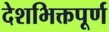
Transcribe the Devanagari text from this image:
देशभिक्तपूर्ण